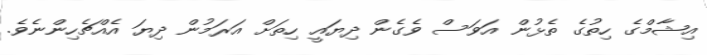
އިޝާމްގެ ހިތުގެ ތެޅުން އަވަސް ވެގެން ދިޔައީ ހިތަށް އަރަމުން ދިޔަ އެއްޗެހިންނެވެ.